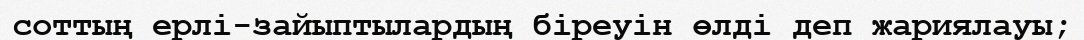
соттың ерлі-зайыптылардың біреуін өлді деп жариялауы;